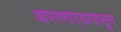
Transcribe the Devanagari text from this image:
वापरणार्‍यापासून